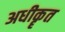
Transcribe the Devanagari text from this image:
अधीकॄत